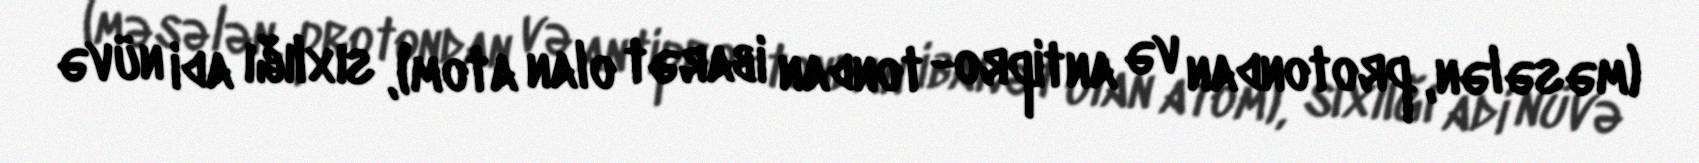
(məsələn, protondan və antipro- tondan ibarət olan atom), sıxlığı adi nüvə